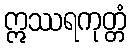
ဣဿရကုတ္တံ